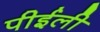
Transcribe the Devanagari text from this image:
पीईली